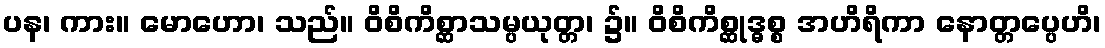
ပန၊ ကား။ မောဟော၊ သည်။ ဝိစိကိစ္ဆာသမ္ပယုတ္တ၊ ၌။ ဝိစိကိစ္ဆုဒ္ဓစ္စ အဟိရိကာ နောတ္တပ္ပေဟိ၊